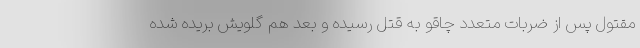
مقتول پس از ضربات متعدد چاقو به قتل رسیده و بعد هم گلویش بریده شده